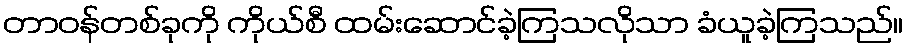
တာဝန်တစ်ခုကို ကိုယ်စီ ထမ်းဆောင်ခဲ့ကြသလိုသာ ခံယူခဲ့ကြသည်။